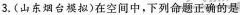
3.(山东烟台模拟)在空间中，下列命题正确的是